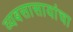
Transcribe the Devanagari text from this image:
व्यबसासायांचा